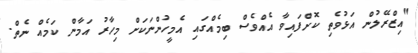
"އިޒްރޭލުން އަޅުވެތި ކޮށްފައިވާ އެއްވެސް ބިމެއްގައި އެމީހުންނަކަށް މިހާރު އަމާން ކަމެއް ނެތް.